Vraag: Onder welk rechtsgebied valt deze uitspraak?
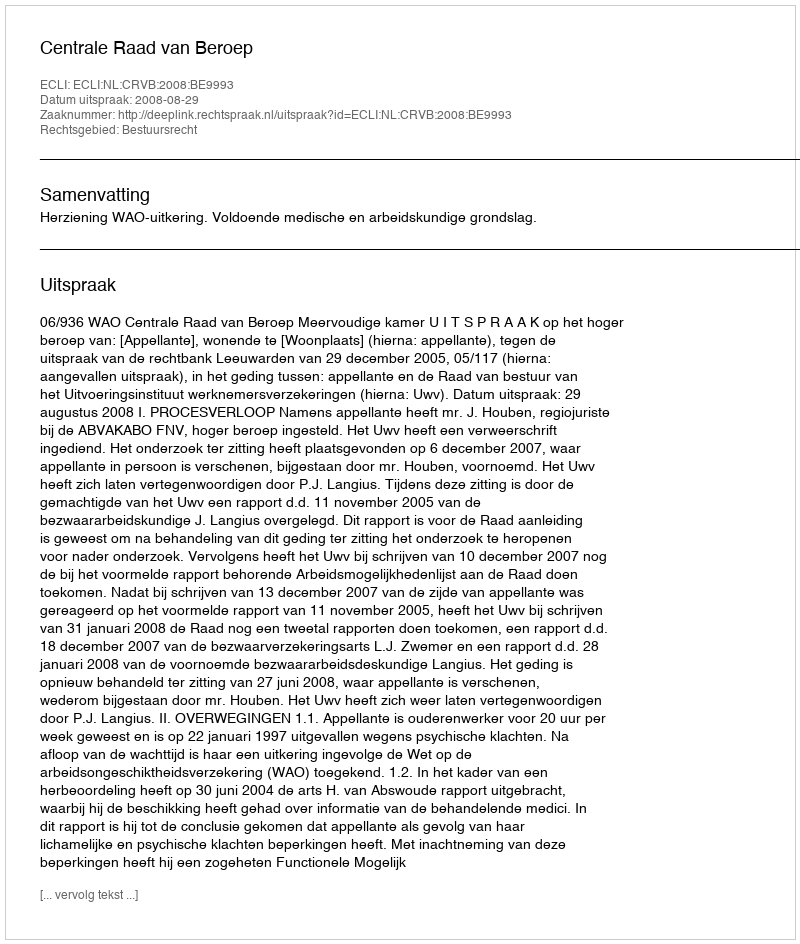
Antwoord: Bestuursrecht